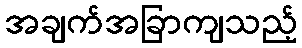
အချက်အခြာကျသည့်